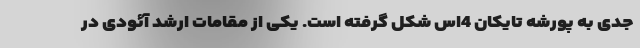
جدی به پورشه تایکان 4اس شکل گرفته است. یکی از مقامات ارشد آئودی در